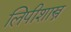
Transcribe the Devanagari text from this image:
लिपीशास्त्र